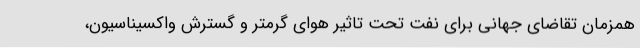
همزمان تقاضای جهانی برای نفت تحت تاثیر هوای گرمتر و گسترش واکسیناسیون،